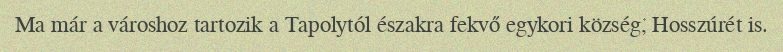
Ma már a városhoz tartozik a Tapolytól északra fekvő egykori község, Hosszúrét is.